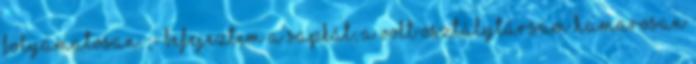
folyamatosan. ;- Befejeztem a sapkát, a volt osztálytársam hamarosan